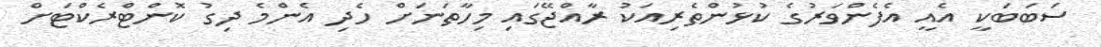
ސަބަބަކީ އެއީ އެފެންވަރުގެ ކުޅުންތެރިއަކު ރާއްޖޭގައި މިހާތަނަށް ހެދި އެންމެ ދިގު ކޮންޓްރެކްޓަށް